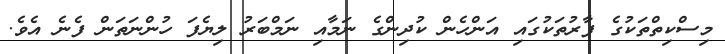
މިސްކިތްތަކުގެ ފާރުތަކުގައި އަންހެން ކުދިންގެ ނަމާއި ނަމްބަރު ލިޔެފަ ހުންނަތަން ފެނެ އެވެ.